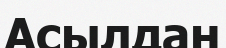
Асылдан